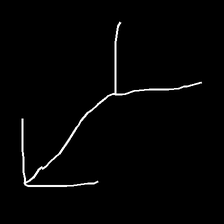
Glyph: gather